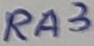
Text: RA3